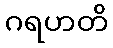
ဂရဟတိ